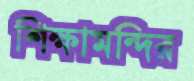
শিক্ষামন্দির